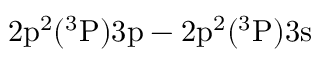
\mathrm { 2 p ^ { 2 } ( ^ { 3 } P ) 3 p - 2 p ^ { 2 } ( ^ { 3 } P ) 3 s }